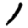
Digit: 1